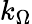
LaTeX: k_{\Omega}